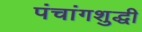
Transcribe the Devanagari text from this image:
पंचांगशुद्धी